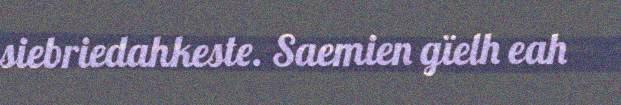
siebriedahkeste. Saemien gïelh eah